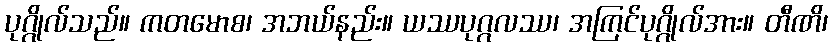
ပုဂ္ဂိုလ်သည်။ ကတမောစ၊ အဘယ်နည်း။ ယဿပုဂ္ဂလဿ၊ အကြင်ပုဂ္ဂိုလ်အား။ တီဏိ၊